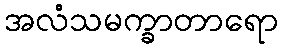
အလံသမက္ခာတာရော